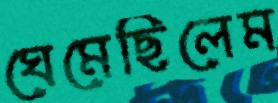
ঘেমেছিলেম